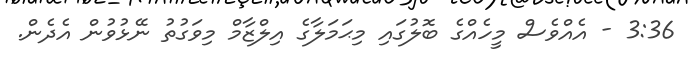
3:36 - އެއްވެސް މީހެއްގެ ބޮލުގައި މިޙަމަލާގެ އިލްޒާމް މިވަގުތު ނޭޅުވުން އެދެން.